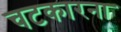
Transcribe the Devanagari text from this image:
चटकारना